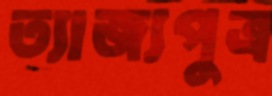
ত্যাজ্যপুত্র